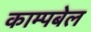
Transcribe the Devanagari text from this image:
काम्पबेल